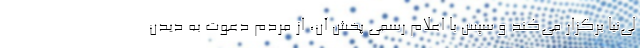
لی‌نیا برگزار می‌کند و سپس با اعلام رسمی پخش آن، از مردم دعوت به دیدن